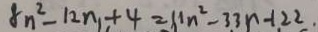
8 n ^ { 2 } - 1 2 n + 4 = 1 1 n ^ { 2 } - 3 3 n - 1 2 2